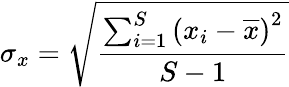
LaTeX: \sigma_{x}=\sqrt{\frac{\sum_{i=1}^{S}\left(x_{i}-\overline{{x}}\right)^{2}}{S-1}}